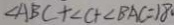
\angle A B C + \angle C + \angle B A C = 1 8